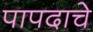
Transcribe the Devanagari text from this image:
पापदाचे